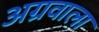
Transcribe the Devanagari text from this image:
अग्रवाला